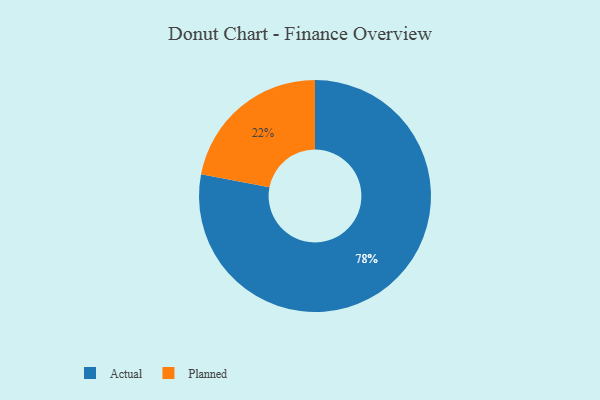
{"axis": {"x": "Category", "y": "Percentage"}, "legend": ["Actual", "Planned"], "data": [{"x": "Actual", "y": 78, "type": "Actual"}, {"x": "Planned", "y": 22, "type": "Planned"}]}